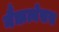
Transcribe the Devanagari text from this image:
नैऋत्येसस